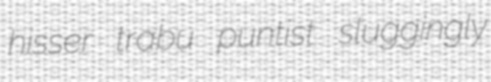
hisser trabu puntist sluggingly